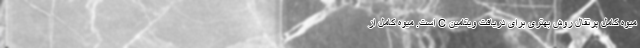
میوه کامل پرتقال روش بهتری برای دریافت ویتامین C است. میوه کامل از